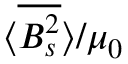
\langle \overline { { B _ { s } ^ { 2 } } } \rangle / \mu _ { 0 }